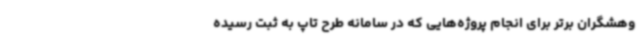
وهشگران برتر برای انجام پروژه‌هایی که در سامانه طرح تاپ به ثبت رسیده